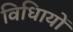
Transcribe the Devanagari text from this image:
विधिायों